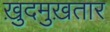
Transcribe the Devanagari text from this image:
ख़ुदमुख़तार